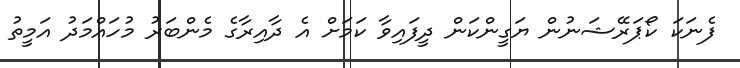
ފެނަކަ ކޯޕަރޭޝަނުން ޔަގީންކަން ދީފައިވާ ކަމަށް އެ ދާއިރާގެ މެންބަރު މުހައްމަދު އަމީތު